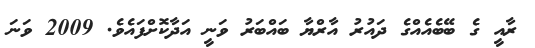
ރާއީ ގެ ބޭބެއެއްގެ ދައުރު އާރްޔާ ބައްބަރު ވަނީ އަދާކޮށްފައެވެ. 2009 ވަނަ